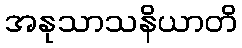
အနုသာသနိယာတိ